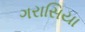
ગરાસિયા